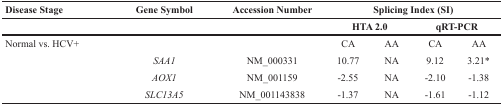
<table><thead><tr><td><b>Disease Stage</b></td><td><b>Gene Symbol</b></td><td><b>Accession Number</b></td><td colspan="4"><b>Splicing Index (SI)</b></td></tr><tr><td></td><td></td><td></td><td colspan="2"><b>HTA 2.0</b></td><td colspan="2"><b>qRT-PCR</b></td></tr></thead><tbody><tr><td>Normal vs. HCV+</td><td></td><td></td><td>CA</td><td>AA</td><td>CA</td><td>AA</td></tr><tr><td></td><td><i>SAA1</i></td><td>NM_000331</td><td>10.77</td><td>NA</td><td>9.12</td><td>3.21*</td></tr><tr><td></td><td><i>AOX1</i></td><td>NM_001159</td><td>-2.55</td><td>NA</td><td>-2.10</td><td>-1.38</td></tr><tr><td></td><td><i>SLC13A5</i></td><td>NM_001143838</td><td>-1.37</td><td>NA</td><td>-1.61</td><td>-1.12</td></tr></tbody></table>